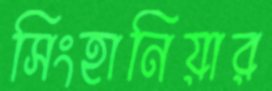
সিংহানিয়ার